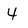
Character: 4